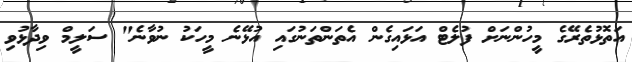
އަތޮޅުތެރޭގެ މީހުންނަށް ފުލެޓް އަޅައިގެން އެތަންތަނުގައި އުޅޭނެ މީހަކު ނުވާނެ" ސަލީމް ވިދާޅުވި